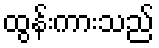
ထွန်းကားသည်